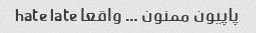
پاپیون ممنون … واقعا hate late